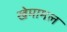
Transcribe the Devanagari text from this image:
खेमामल